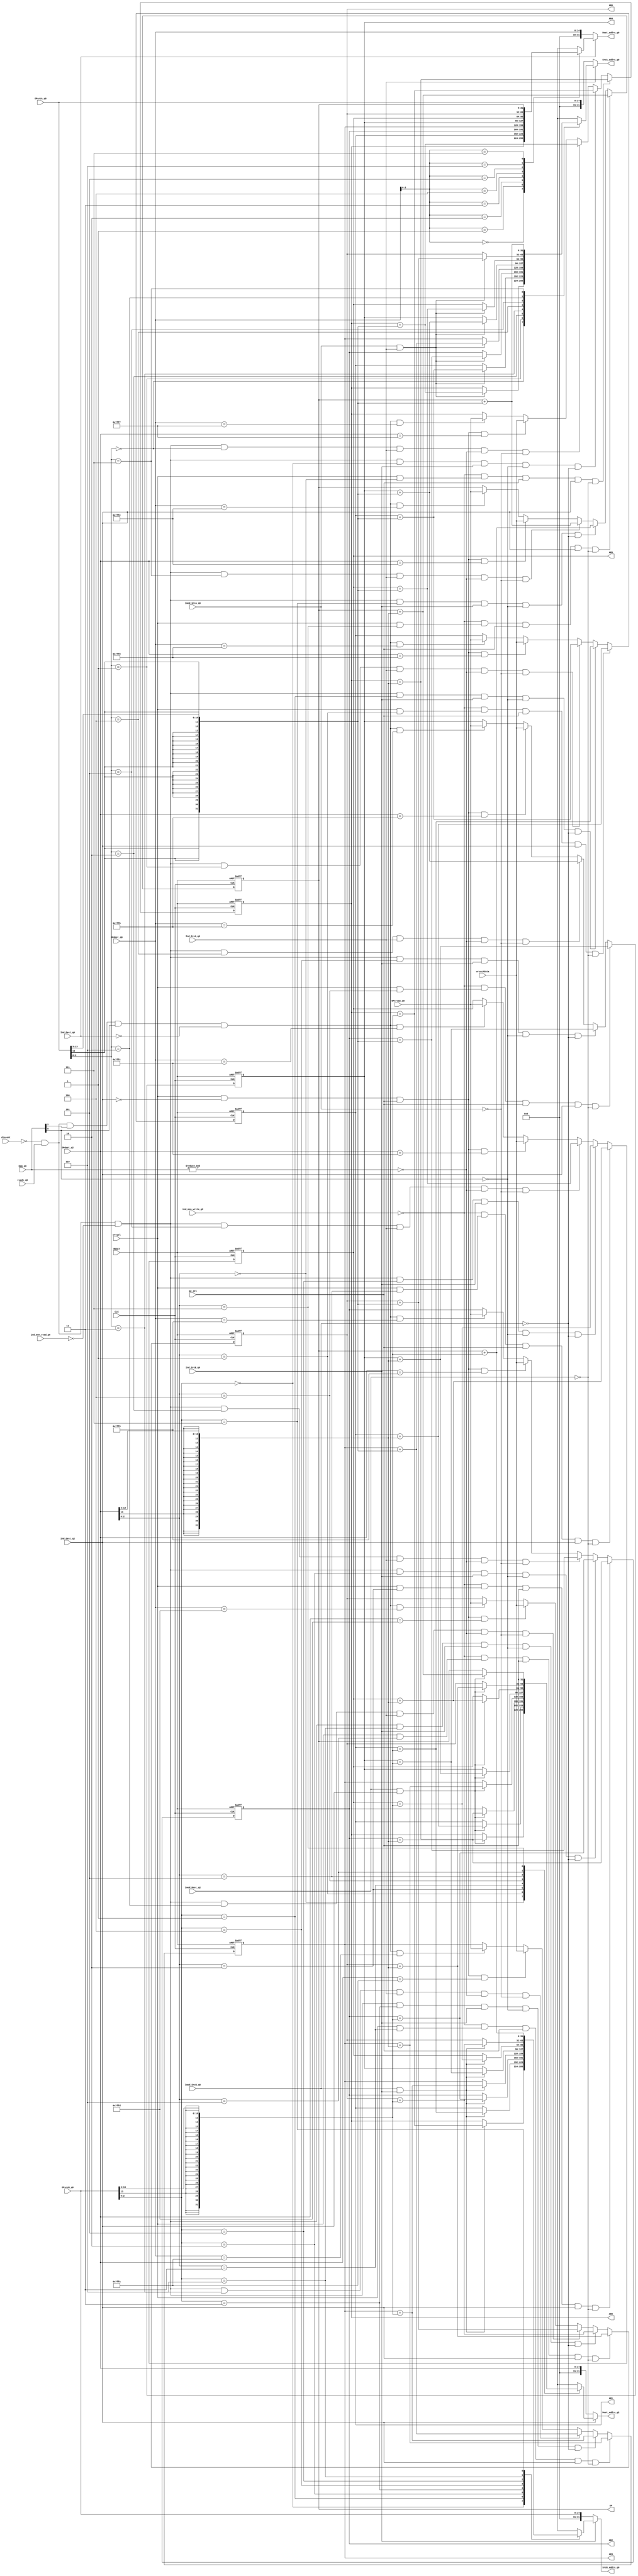
// aux_regs.v
//
// Version:  1.21  November 30, 2019
// Copyright (C) 2019.  All rights reserved.
//
////////////////////////////////////////////////////////////////////////////////////////////////////////////////////////
//                                                                                                                    //
//                                                    Open-Source                                                     //
//                            SYMPL 64-Bit Universal Floating-point ISA Compute Engine and                            //
//                                   Fused Universal Neural Network (FuNN) eNNgine                                    //
//                                    Evaluation and Product Development License                                      //
//                                                                                                                    //
//                                                                                                                    //
// Open-source means:  this source code and this instruction set ("this IP") may be freely downloaded, copied,        //
// modified, distributed and used in accordance with the terms and conditons of the licenses provided herein.         //
//                                                                                                                    //
// Provided that you comply with all the terms and conditions set forth herein, Jerry D. Harthcock ("licensor"),      //
// the original author and exclusive copyright owner of this SYMPL 64-Bit Universal Floating-point ISA Compute Engine //
// and Fused Universal Neural Network (FuNN) eNNgine, including related development software ("this IP"), hereby      //
// grants recipient of this IP ("licensee"), a world-wide, paid-up, non-exclusive license to implement this IP        //
// within the programmable fabric of Xilinx Kintex Ultra and Kintex Ultra+ brand FPGAs--only--and used only for the   //
// purposes of evaluation, education, and development of end products and related development tools.  Furthermore,    //
// limited to the purposes of prototyping, evaluation, characterization and testing of implementations in a hard,     //
// custom or semi-custom ASIC, any university or institution of higher education may have their implementation of     //
// this IP produced for said limited purposes at any foundary of their choosing provided that such prototypes do      //
// not ever wind up in commercial circulation, with this license extending to such foundary and is in connection      //
// with said academic pursuit and under the supervision of said university or institution of higher education.        //
//                                                                                                                    //
// Any copying, distribution, customization, modification, or derivative work of this IP must include an exact copy   //
// of this license and original copyright notice at the very top of each source file and any derived netlist, and,    //
// in the case of binaries, a printed copy of this license and/or a text format copy in a separate file distributed   //
// with said netlists or binary files having the file name, "LICENSE.txt".  You, the licensee, also agree not to      //
// remove any copyright notices from any source file covered or distributed under this Evaluation and Product         //
// Development License.                                                                                               //
//                                                                                                                    //
// LICENSOR DOES NOT WARRANT OR GUARANTEE THAT YOUR USE OF THIS IP WILL NOT INFRINGE THE RIGHTS OF OTHERS OR          //
// THAT IT IS SUITABLE OR FIT FOR ANY PURPOSE AND THAT YOU, THE LICENSEE, AGREE TO HOLD LICENSOR HARMLESS FROM        //
// ANY CLAIM BROUGHT BY YOU OR ANY THIRD PARTY FOR YOUR SUCH USE.                                                     //
//                                                                                                                    //
// Licensor reserves all his rights, including, but in no way limited to, the right to change or modify the terms     //
// and conditions of this Evaluation and Product Development License anytime without notice of any kind to anyone.    //
// By using this IP for any purpose, licensee agrees to all the terms and conditions set forth in this Evaluation     //
// and Product Development License.                                                                                   //
//                                                                                                                    //
// This Evaluation and Product Development License does not include the right to sell products that incorporate       //
// this IP or any IP derived from this IP. If you would like to obtain such a license, please contact Licensor.       //
//                                                                                                                    //
// Licensor can be contacted at:  SYMPL.gpu@gmail.com or Jerry.Harthcock@gmail.com                                    //
//                                                                                                                    //
////////////////////////////////////////////////////////////////////////////////////////////////////////////////////////

                                                                                                                     
 
 
 `timescale 1ns/100ps

module DATA_ADDRS(
    CLK,
    RESET,
    q2_sel,
    wrcycl,
    wrsrcAdata,
    Dam_q0,                  
    Ind_Dest_q0,
    Ind_SrcA_q0,
    Ind_SrcB_q0,
    Imod_Dest_q2,
    Imod_SrcA_q0,
    Imod_SrcB_q0,
    OPdest_q0,
    OPdest_q2,
    OPsrcA_q0,
    OPsrcB_q0,
    OPsrc32_q0,            
    Ind_Dest_q2,
    Dest_addrs_q2,
    Dest_addrs_q0,
    SrcA_addrs_q0,
    SrcB_addrs_q0,
    AR0,
    AR1,
    AR2,
    AR3,
    AR4,
    AR5,
    AR6,
    SP,
    discont,
    ind_mon_read_q0, 
    ind_mon_write_q2,
    ready_q0
    );

input         CLK;
input         RESET;
input         q2_sel;
input         wrcycl;
input [31:0]  wrsrcAdata;
input [1:0]   Dam_q0;      
input         Ind_Dest_q0;
input         Ind_SrcA_q0;
input         Ind_SrcB_q0;
input         Imod_Dest_q2;
input         Imod_SrcA_q0;
input         Imod_SrcB_q0;
input [14:0]  OPdest_q0;
input [14:0]  OPdest_q2;
input [14:0]  OPsrcA_q0;
input [14:0]  OPsrcB_q0;
input [31:0]  OPsrc32_q0;
input         Ind_Dest_q2;
output [31:0] Dest_addrs_q2;
output [31:0] Dest_addrs_q0;
output [31:0] SrcA_addrs_q0;
output [31:0] SrcB_addrs_q0;
output [31:0] AR0;
output [31:0] AR1;
output [31:0] AR2;
output [31:0] AR3;
output [31:0] AR4;
output [31:0] AR5;
output [31:0] AR6;
output [31:0] SP;
input         discont;
input ind_mon_read_q0; 
input ind_mon_write_q2;
input ready_q0;

parameter    SP_ADDRS = 'h7FFE;
parameter   AR6_ADDRS = 'h7FFD;
parameter   AR5_ADDRS = 'h7FFC;
parameter   AR4_ADDRS = 'h7FFB;
parameter   AR3_ADDRS = 'h7FFA;
parameter   AR2_ADDRS = 'h7FF9;
parameter   AR1_ADDRS = 'h7FF8;
parameter   AR0_ADDRS = 'h7FF7;

reg [31:0] DEST_ind_q0; 
reg [31:0] DEST_ind_q2; 
reg [31:0] SRC_A_ind; 
reg [31:0] SRC_B_ind;

reg [31:0] AR0;
reg [31:0] AR1;
reg [31:0] AR2;
reg [31:0] AR3;
reg [31:0] AR4;
reg [31:0] AR5;
reg [31:0] AR6;
reg [31:0]  SP;

wire [2:0] DEST_ARn_sel_q2;
wire [2:0] DEST_ARn_sel_q0;
wire [2:0] SRC_A_sel; 	
wire [2:0] SRC_B_sel; 

wire [31:0] Dest_addrs_q2;
wire [31:0] Dest_addrs_q0;
wire [31:0] SrcA_addrs_q0;
wire [31:0] SrcB_addrs_q0;

	
assign DEST_ARn_sel_q2[2:0] = OPdest_q2[2:0];
assign DEST_ARn_sel_q0[2:0] = OPdest_q0[2:0];
assign SRC_A_sel[2:0] 	 = OPsrcA_q0[2:0];
assign SRC_B_sel[2:0] 	 = OPsrcB_q0[2:0];
assign Dest_addrs_q2 = Ind_Dest_q2 ?  DEST_ind_q2 : {17'b0, OPdest_q2[14:0]};
assign Dest_addrs_q0 = Ind_Dest_q0 ?  DEST_ind_q0 : {17'b0, OPdest_q0[14:0]};
assign SrcA_addrs_q0 = Ind_SrcA_q0 ?  SRC_A_ind   : {17'b0, OPsrcA_q0[14:0]};
assign SrcB_addrs_q0 = Ind_SrcB_q0 ?  SRC_B_ind   : {17'b0, OPsrcB_q0[14:0]};

always @(*) begin
     case (DEST_ARn_sel_q2) 
     	3'b000 : DEST_ind_q2 = (Imod_Dest_q2 && Ind_Dest_q2) ? (AR0[31:0] + {{21{OPdest_q2[13]}}, OPdest_q2[13:3]}) : AR0[31:0]; 
     	3'b001 : DEST_ind_q2 = (Imod_Dest_q2 && Ind_Dest_q2) ? (AR1[31:0] + {{21{OPdest_q2[13]}}, OPdest_q2[13:3]}) : AR1[31:0]; 
     	3'b010 : DEST_ind_q2 = (Imod_Dest_q2 && Ind_Dest_q2) ? (AR2[31:0] + {{21{OPdest_q2[13]}}, OPdest_q2[13:3]}) : AR2[31:0]; 
     	3'b011 : DEST_ind_q2 = (Imod_Dest_q2 && Ind_Dest_q2) ? (AR3[31:0] + {{21{OPdest_q2[13]}}, OPdest_q2[13:3]}) : AR3[31:0];
     	3'b100 : DEST_ind_q2 = (Imod_Dest_q2 && Ind_Dest_q2) ? (AR4[31:0] + {{21{OPdest_q2[13]}}, OPdest_q2[13:3]}) : AR4[31:0]; 
     	3'b101 : DEST_ind_q2 = (Imod_Dest_q2 && Ind_Dest_q2) ? (AR5[31:0] + {{21{OPdest_q2[13]}}, OPdest_q2[13:3]}) : AR5[31:0]; 
     	3'b110 : DEST_ind_q2 = (Imod_Dest_q2 && Ind_Dest_q2) ? (AR6[31:0] + {{21{OPdest_q2[13]}}, OPdest_q2[13:3]}) : AR6[31:0]; 
     	3'b111 : DEST_ind_q2 = (Imod_Dest_q2 && Ind_Dest_q2) ? ( SP[31:0] + {{21{OPdest_q2[13]}}, OPdest_q2[13:3]}) : SP[31:0]; 
     endcase
end

always @(*) begin //for use by pushXCU operator only -- no offset permitted
     case (DEST_ARn_sel_q0) 
     	3'b000 : DEST_ind_q0 =  AR0[31:0]; 
     	3'b001 : DEST_ind_q0 =  AR1[31:0]; 
     	3'b010 : DEST_ind_q0 =  AR2[31:0]; 
     	3'b011 : DEST_ind_q0 =  AR3[31:0];
     	3'b100 : DEST_ind_q0 =  AR4[31:0]; 
     	3'b101 : DEST_ind_q0 =  AR5[31:0]; 
     	3'b110 : DEST_ind_q0 =  AR6[31:0]; 
     	3'b111 : DEST_ind_q0 =   SP[31:0]; 
     endcase
end

always @(*) begin
   case (SRC_A_sel) 
   	   3'b000 : SRC_A_ind = (Imod_SrcA_q0 && Ind_SrcA_q0) ? (AR0[31:0] + {{21{OPsrcA_q0[13]}}, OPsrcA_q0[13:3]}) : AR0[31:0]; 
   	   3'b001 : SRC_A_ind = (Imod_SrcA_q0 && Ind_SrcA_q0) ? (AR1[31:0] + {{21{OPsrcA_q0[13]}}, OPsrcA_q0[13:3]}) : AR1[31:0]; 
   	   3'b010 : SRC_A_ind = (Imod_SrcA_q0 && Ind_SrcA_q0) ? (AR2[31:0] + {{21{OPsrcA_q0[13]}}, OPsrcA_q0[13:3]}) : AR2[31:0]; 
   	   3'b011 : SRC_A_ind = (Imod_SrcA_q0 && Ind_SrcA_q0) ? (AR3[31:0] + {{21{OPsrcA_q0[13]}}, OPsrcA_q0[13:3]}) : AR3[31:0];
   	   3'b100 : SRC_A_ind = (Imod_SrcA_q0 && Ind_SrcA_q0) ? (AR4[31:0] + {{21{OPsrcA_q0[13]}}, OPsrcA_q0[13:3]}) : AR4[31:0]; 
   	   3'b101 : SRC_A_ind = (Imod_SrcA_q0 && Ind_SrcA_q0) ? (AR5[31:0] + {{21{OPsrcA_q0[13]}}, OPsrcA_q0[13:3]}) : AR5[31:0]; 
   	   3'b110 : SRC_A_ind = (Imod_SrcA_q0 && Ind_SrcA_q0) ? (AR6[31:0] + {{21{OPsrcA_q0[13]}}, OPsrcA_q0[13:3]}) : AR6[31:0]; 
   	   3'b111 : SRC_A_ind = SP[31:0] + {{21{OPsrcA_q0[13]}}, OPsrcA_q0[13:3]};
       
   endcase
end

always @(*) begin
   case (SRC_B_sel) 
   	   3'b000 : SRC_B_ind = (Imod_SrcB_q0 && Ind_SrcB_q0) ? (AR0[31:0] + {{21{OPsrcB_q0[13]}}, OPsrcB_q0[13:3]}) : AR0[31:0]; 
   	   3'b001 : SRC_B_ind = (Imod_SrcB_q0 && Ind_SrcB_q0) ? (AR1[31:0] + {{21{OPsrcB_q0[13]}}, OPsrcB_q0[13:3]}) : AR1[31:0]; 
   	   3'b010 : SRC_B_ind = (Imod_SrcB_q0 && Ind_SrcB_q0) ? (AR2[31:0] + {{21{OPsrcB_q0[13]}}, OPsrcB_q0[13:3]}) : AR2[31:0]; 
   	   3'b011 : SRC_B_ind = (Imod_SrcB_q0 && Ind_SrcB_q0) ? (AR3[31:0] + {{21{OPsrcB_q0[13]}}, OPsrcB_q0[13:3]}) : AR3[31:0];
   	   3'b100 : SRC_B_ind = (Imod_SrcB_q0 && Ind_SrcB_q0) ? (AR4[31:0] + {{21{OPsrcB_q0[13]}}, OPsrcB_q0[13:3]}) : AR4[31:0]; 
   	   3'b101 : SRC_B_ind = (Imod_SrcB_q0 && Ind_SrcB_q0) ? (AR5[31:0] + {{21{OPsrcB_q0[13]}}, OPsrcB_q0[13:3]}) : AR5[31:0]; 
   	   3'b110 : SRC_B_ind = (Imod_SrcB_q0 && Ind_SrcB_q0) ? (AR6[31:0] + {{21{OPsrcB_q0[13]}}, OPsrcB_q0[13:3]}) : AR6[31:0]; 
   	   3'b111 : SRC_B_ind =  SP[31:0] + {{21{OPsrcB_q0[13]}}, OPsrcB_q0[13:3]};
   endcase
end        

always @(posedge CLK or posedge RESET) begin
    if (RESET) begin
       AR0 <= 0;  
       AR1 <= 0; 
       AR2 <= 0; 
       AR3 <= 0;
       AR4 <= 0; 
       AR5 <= 0; 
       AR6 <= 0; 
       SP  <= 'h3FF8;             //initialize to middle of direct RAM
    end
    else begin
    
        //immediate loads of ARn occur during instruction fetch (state0) -- dest must be direct
        //direct write to ARn during newthreadq has priority over any update
        if (~discont && ready_q0 && Dam_q0[1] && Dam_q0[0] && ~Ind_Dest_q0 && OPdest_q0==AR0_ADDRS[14:0]) AR0[31:0] <= OPsrc32_q0[31:0];     //immediate (up to 32 bits with Dam = 11) loads of ARn occur during instruction fetch (state0)
        //direct or table-read loads of ARn occur during usual write (state2)
        if (wrcycl && ~Ind_Dest_q2 && q2_sel && OPdest_q2[14:0]==AR0_ADDRS[14:0]) AR0[31:0] <= wrsrcAdata[31:0];                                                  
        
        if (~discont && ready_q0 && Dam_q0[1] && Dam_q0[0] && ~Ind_Dest_q0 && OPdest_q0==AR1_ADDRS[14:0]) AR1[31:0] <= OPsrc32_q0[31:0];     //immediate (up to 32 bits with Dam = 11) loads of ARn occur during instruction fetch (state0)
        //direct or table-read loads of ARn occur during usual write (state2)
        if (wrcycl && ~Ind_Dest_q2 && q2_sel && OPdest_q2[14:0]==AR1_ADDRS[14:0]) AR1[31:0] <= wrsrcAdata[31:0];                                                  
    
        if (~discont && ready_q0 && Dam_q0[1] && Dam_q0[0] && ~Ind_Dest_q0 && OPdest_q0==AR2_ADDRS[14:0]) AR2[31:0] <= OPsrc32_q0[31:0];     //immediate (up to 32 bits with Dam = 11) loads of ARn occur during instruction fetch (state0)
        //direct or table-read loads of ARn occur during usual write (state2)
        if (wrcycl && ~Ind_Dest_q2 && q2_sel && OPdest_q2[14:0]==AR2_ADDRS[14:0]) AR2[31:0] <= wrsrcAdata[31:0];                                                  
    
        if (~discont && ready_q0 && Dam_q0[1] && Dam_q0[0] && ~Ind_Dest_q0 && OPdest_q0==AR3_ADDRS[14:0]) AR3[31:0] <= OPsrc32_q0[31:0];     //immediate (up to 32 bits with Dam = 11) loads of ARn occur during instruction fetch (state0)
        //direct or table-read loads of ARn occur during usual write (state2)
        if (wrcycl && ~Ind_Dest_q2 && q2_sel && OPdest_q2[14:0]==AR3_ADDRS[14:0]) AR3[31:0] <= wrsrcAdata[31:0];                                                  
    
        if (~discont && ready_q0 && Dam_q0[1] && Dam_q0[0] && ~Ind_Dest_q0 && OPdest_q0==AR4_ADDRS[14:0]) AR4[31:0] <= OPsrc32_q0[31:0];     //immediate (up to 32 bits with Dam = 11) loads of ARn occur during instruction fetch (state0)
        //direct or table-read loads of ARn occur during usual write (state2)
        if (wrcycl && ~Ind_Dest_q2 && q2_sel && OPdest_q2[14:0]==AR4_ADDRS[14:0]) AR4[31:0] <= wrsrcAdata[31:0];                                                  
    
        if (~discont && ready_q0 && Dam_q0[1] && Dam_q0[0] && ~Ind_Dest_q0 && OPdest_q0==AR5_ADDRS[14:0]) AR5[31:0] <= OPsrc32_q0[31:0];     //immediate (up to 32 bits with Dam = 11) loads of ARn occur during instruction fetch (state0)
        //direct or table-read loads of ARn occur during usual write (state2)
        if (wrcycl && ~Ind_Dest_q2 && q2_sel && OPdest_q2[14:0]==AR5_ADDRS[14:0]) AR5[31:0] <= wrsrcAdata[31:0];                                                  
    
        if (~discont && ready_q0 && Dam_q0[1] && Dam_q0[0] && ~Ind_Dest_q0 && OPdest_q0==AR6_ADDRS[14:0]) AR6[31:0] <= OPsrc32_q0[31:0];     //immediate (up to 32 bits with Dam = 11) loads of ARn occur during instruction fetch (state0)
        //direct or table-read loads of ARn occur during usual write (state2)
        if (wrcycl && ~Ind_Dest_q2 && q2_sel && OPdest_q2[14:0]==AR6_ADDRS[14:0]) AR6[31:0] <= wrsrcAdata[31:0];                                                  
    
        if (~discont && ready_q0 && Dam_q0[1] && Dam_q0[0] && ~Ind_Dest_q0 && OPdest_q0==SP_ADDRS[14:0])   SP[31:0] <= OPsrc32_q0[31:0];     //immediate (up to 32 bits with Dam = 11) loads of ARn occur during instruction fetch (state0)
        //direct or table-read loads of ARn occur during usual write (state2)
        if (wrcycl && ~Ind_Dest_q2 && q2_sel && OPdest_q2[14:0]==SP_ADDRS[14:0] )  SP[31:0] <= wrsrcAdata[31:0];
                                                          
//auto-post-modification section 
        //auto post modification of ARs and SP for read cycle occur after state 1
        if (~discont && ready_q0 && ~ind_mon_read_q0 && (OPsrcA_q0[2:0]==3'b000) && Ind_SrcA_q0 && ~&Dam_q0[1:0] && ~Imod_SrcA_q0) AR0[31:0] <= AR0[31:0] +  {{21{OPsrcA_q0[13]}}, OPsrcA_q0[13:3]};
        if (~discont && ready_q0 && ~ind_mon_read_q0 && (OPsrcB_q0[2:0]==3'b000) && Ind_SrcB_q0 && ~Dam_q0[0] && ~Imod_SrcB_q0) AR0[31:0] <= AR0[31:0] +  {{21{OPsrcB_q0[13]}}, OPsrcB_q0[13:3]};
        //auto post modification of ARs and SP for write cycle occur after state 2
        if (~ind_mon_write_q2 && (wrcycl && OPdest_q2[2:0]==3'b000) && q2_sel && Ind_Dest_q2 && ~Imod_Dest_q2) AR0[31:0] <= AR0[31:0] + {{21{OPdest_q2[13]}}, OPdest_q2[13:3]};

        //auto post modification of ARs and SP for read cycle occur after state 1
        if (~discont && ready_q0 && ~ind_mon_read_q0 && (OPsrcA_q0[2:0]==3'b001) && Ind_SrcA_q0 && ~&Dam_q0[1:0] && ~Imod_SrcA_q0) AR1[31:0] <= AR1[31:0] +  {{21{OPsrcA_q0[13]}},  OPsrcA_q0[13:3]};
        if (~discont && ready_q0 && ~ind_mon_read_q0 && (OPsrcB_q0[2:0]==3'b001) && Ind_SrcB_q0 && ~Dam_q0[0] && ~Imod_SrcB_q0) AR1[31:0] <= AR1[31:0] +  {{21{OPsrcB_q0[13]}},  OPsrcB_q0[13:3]};
        //auto post modification of ARs and SP for write cycle occur after state 2
        if (~ind_mon_write_q2 && (wrcycl && OPdest_q2[2:0]==3'b001) && q2_sel && Ind_Dest_q2 && ~Imod_Dest_q2) AR1[31:0] <= AR1[31:0] + {{21{OPdest_q2[13]}}, OPdest_q2[13:3]};

        //auto post modification of ARs and SP for read cycle occur after state 1
        if (~discont && ready_q0 && ~ind_mon_read_q0 && (OPsrcA_q0[2:0]==3'b010) && Ind_SrcA_q0 && ~&Dam_q0[1:0] && ~Imod_SrcA_q0) AR2[31:0] <= AR2[31:0] +  {{21{OPsrcA_q0[13]}},  OPsrcA_q0[13:3]};
        if (~discont && ready_q0 && ~ind_mon_read_q0 && (OPsrcB_q0[2:0]==3'b010) && Ind_SrcB_q0 && ~Dam_q0[0] && ~Imod_SrcB_q0) AR2[31:0] <= AR2[31:0] +  {{21{OPsrcB_q0[13]}},  OPsrcB_q0[13:3]};
        //auto post modification of ARs and SP for write cycle occur after state 2
        if (~ind_mon_write_q2 && (wrcycl && OPdest_q2[2:0]==3'b010) && q2_sel && Ind_Dest_q2 && ~Imod_Dest_q2) AR2[31:0] <= AR2[31:0] + {{21{OPdest_q2[13]}}, OPdest_q2[13:3]};

        //auto post modification of ARs and SP for read cycle occur after state 1
        if (~discont && ready_q0 && ~ind_mon_read_q0 && (OPsrcA_q0[2:0]==3'b011) && Ind_SrcA_q0 && ~&Dam_q0[1:0] && ~Imod_SrcA_q0) AR3[31:0] <= AR3[31:0] +  {{21{OPsrcA_q0[13]}},  OPsrcA_q0[13:3]};
        if (~discont && ready_q0 && ~ind_mon_read_q0 && (OPsrcB_q0[2:0]==3'b011) && Ind_SrcB_q0 && ~Dam_q0[0] && ~Imod_SrcB_q0) AR3[31:0] <= AR3[31:0] +  {{21{OPsrcB_q0[13]}},  OPsrcB_q0[13:3]};
        //auto post modification of ARs and SP for write cycle occur after state 2
        if (~ind_mon_write_q2 && (wrcycl && OPdest_q2[2:0]==3'b011) && q2_sel && Ind_Dest_q2 && ~Imod_Dest_q2) AR3[31:0] <= AR3[31:0] + {{21{OPdest_q2[13]}}, OPdest_q2[13:3]};

        //auto post modification of ARs and SP for read cycle occur after state 1
        if (~discont && ready_q0 && ~ind_mon_read_q0 && (OPsrcA_q0[2:0]==3'b100) && Ind_SrcA_q0 && ~&Dam_q0[1:0] && ~Imod_SrcA_q0) AR4[31:0] <= AR4[31:0] +  {{21{OPsrcA_q0[13]}},  OPsrcA_q0[13:3]};
        if (~discont && ready_q0 && ~ind_mon_read_q0 && (OPsrcB_q0[2:0]==3'b100) && Ind_SrcB_q0 && ~Dam_q0[0] && ~Imod_SrcB_q0) AR4[31:0] <= AR4[31:0] +  {{21{OPsrcB_q0[13]}},  OPsrcB_q0[13:3]};
        //auto post modification of ARs and SP for write cycle occur after state 2
        if (~ind_mon_write_q2 && (wrcycl && OPdest_q2[2:0]==3'b100) && q2_sel && Ind_Dest_q2 && ~Imod_Dest_q2) AR4[31:0] <= AR4[31:0] + {{21{OPdest_q2[13]}}, OPdest_q2[13:3]};

        //auto post modification of ARs and SP for read cycle occur after state 1
        if (~discont && ready_q0 && ~ind_mon_read_q0 && (OPsrcA_q0[2:0]==3'b101) && Ind_SrcA_q0 && ~&Dam_q0[1:0] && ~Imod_SrcA_q0) AR5[31:0] <= AR5[31:0] +  {{21{OPsrcA_q0[13]}},  OPsrcA_q0[13:3]};
        if (~discont && ready_q0 && ~ind_mon_read_q0 && (OPsrcB_q0[2:0]==3'b101) && Ind_SrcB_q0 && ~Dam_q0[0] && ~Imod_SrcB_q0) AR5[31:0] <= AR5[31:0] +  {{21{OPsrcB_q0[13]}},  OPsrcB_q0[13:3]};
        //auto post modification of ARs and SP for write cycle occur after state 2
        if (~ind_mon_write_q2 && (wrcycl && OPdest_q2[2:0]==3'b101) && q2_sel && Ind_Dest_q2 && ~Imod_Dest_q2) AR5[31:0] <= AR5[31:0] + {{21{OPdest_q2[13]}}, OPdest_q2[13:3]};

        //auto post modification of ARs and SP for read cycle occur after state 1
        if (~discont && ready_q0 && ~ind_mon_read_q0 && (OPsrcA_q0[2:0]==3'b110) && Ind_SrcA_q0 && ~&Dam_q0[1:0] && ~Imod_SrcA_q0) AR6[31:0] <= AR6[31:0] +  {{21{OPsrcA_q0[13]}},  OPsrcA_q0[13:3]};
        if (~discont && ready_q0 && ~ind_mon_read_q0 && (OPsrcB_q0[2:0]==3'b110) && Ind_SrcB_q0 && ~Dam_q0[0] && ~Imod_SrcB_q0) AR6[31:0] <= AR6[31:0] +  {{21{OPsrcB_q0[13]}},  OPsrcB_q0[13:3]};
        //auto post modification of ARs and SP for write cycle occur after state 2
        if (~ind_mon_write_q2 && (wrcycl && OPdest_q2[2:0]==3'b110) && q2_sel && Ind_Dest_q2 && ~Imod_Dest_q2) AR6[31:0] <= AR6[31:0] + {{21{OPdest_q2[13]}}, OPdest_q2[13:3]};

        //auto post modification of ARs and SP for read cycle occur after state 1
        if (~discont && ready_q0 && ~ind_mon_read_q0 && (OPsrcA_q0[2:0]==3'b111) && Ind_SrcA_q0 && ~&Dam_q0[1:0] && ~Imod_SrcA_q0)  SP[31:0] <=  SP[31:0] +  {{21{OPsrcA_q0[13]}},  OPsrcA_q0[13:3]};
        if (~discont && ready_q0 && ~ind_mon_read_q0 && (OPsrcB_q0[2:0]==3'b111) && Ind_SrcB_q0 && ~Dam_q0[0] && ~Imod_SrcB_q0)  SP[31:0] <=  SP[31:0] +  {{21{OPsrcB_q0[13]}},  OPsrcB_q0[13:3]};
        //auto post modification of ARs and SP for write cycle occur after state 2
        if (~ind_mon_write_q2 && (wrcycl && OPdest_q2[2:0]==3'b111) && q2_sel && Ind_Dest_q2 && ~Imod_Dest_q2)  SP[31:0] <=  SP[31:0] + {{21{OPdest_q2[13]}}, OPdest_q2[13:3]};
       
    end
end 
   
endmodule